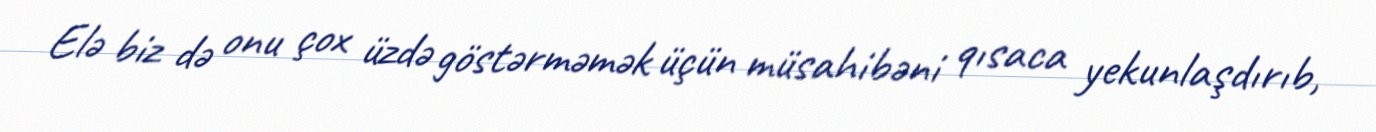
Elə biz də onu çox üzdə göstərməmək üçün müsahibəni qısaca yekunlaşdırıb,